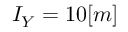
I _ { Y } = 1 0 [ m ]